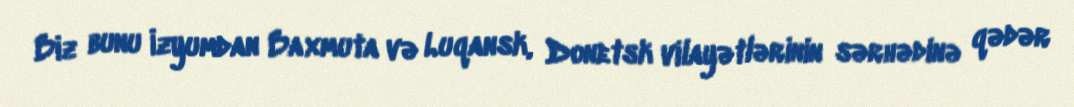
Biz bunu İzyumdan Baxmuta və Luqansk, Donetsk vilayətlərinin sərhədinə qədər